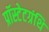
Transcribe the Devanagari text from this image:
प्रॉस्टेटग्रंथि